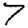
Digit: 7